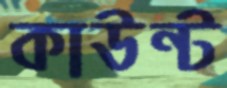
কাউন্ট